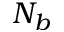
N _ { b }